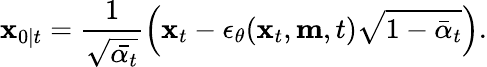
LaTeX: \mathbf{x}_{0\mid t}=\frac{1}{\sqrt{\bar{\alpha_{t}}}}\left(\mathbf{x}_{t}-\epsilon_{\theta}(\mathbf{x}_{t},\mathbf{m},t)\sqrt{1-\bar{\alpha}_{t}}\right).